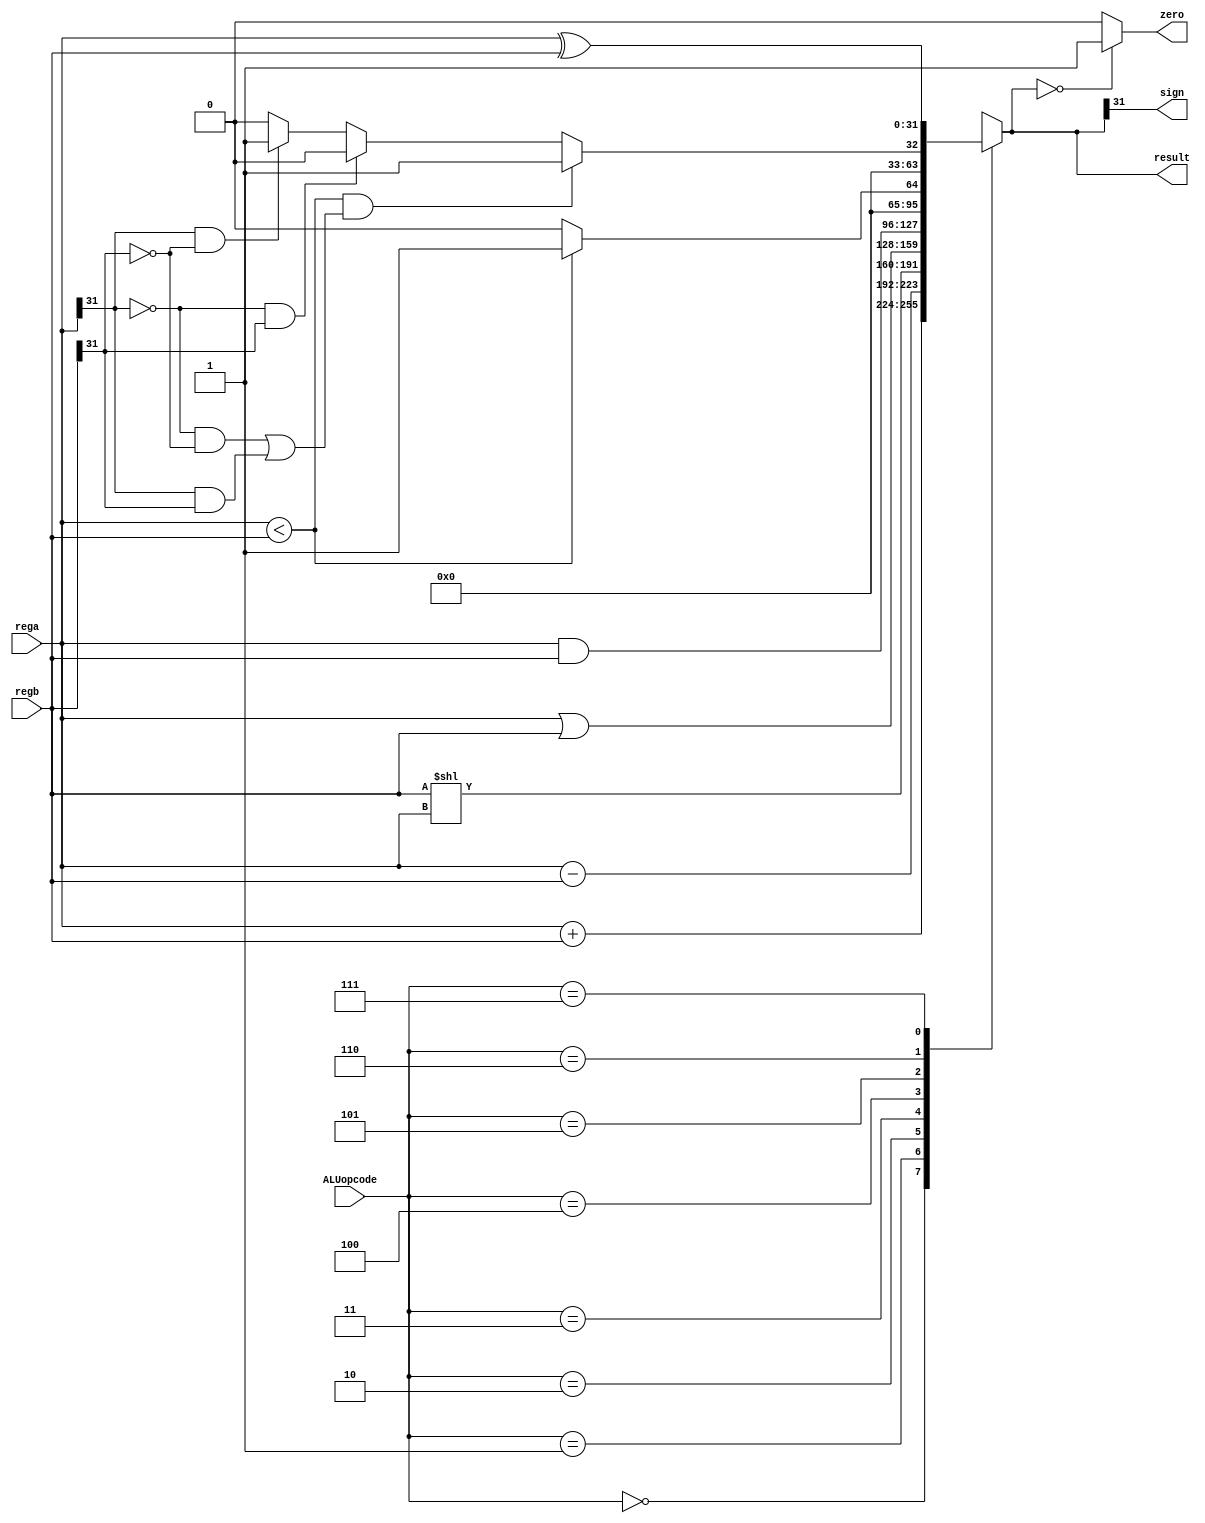
module ALU32(
        input [2:0] ALUopcode,
        input [31:0] rega,
        input [31:0] regb,
        output reg [31:0] result,
        output sign,
        output zero
        );
    assign zero = (result == 0) ? 1 : 0;
    assign sign = result[31];
    always @(ALUopcode or rega or regb) begin
        case (ALUopcode)
            3'b000 : result = rega + regb;
            3'b001 : result = rega - regb;
            3'b010 : result = regb << rega;
            3'b011 : result = rega | regb;
            3'b100 : result = rega & regb;
            3'b101 : result = (rega < regb) ? 1 : 0; // 无符号比较
            3'b110 : 
                begin                        // 有符号比较 
                    if (rega < regb && ((rega[31] == 0 && regb[31] == 0) ||
                             (rega[31] == 1 && regb[31] == 1))) result = 1;
                    else if (rega[31] == 0 && regb[31] == 1) result = 0;
                    else if (rega[31] == 1 && regb[31] == 0) result = 1;
                    else result = 0;
                end 
            3'b111:
                    result = rega ^ regb;
            default : begin
                    result = 8'h00000000;
                    $display(" no match");
                end
        endcase
    end
endmodule